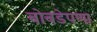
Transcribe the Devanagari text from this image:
बोबडेपणा